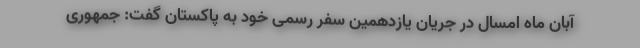
آبان ماه امسال در جریان یازدهمین سفر رسمی خود به پاکستان گفت: جمهوری